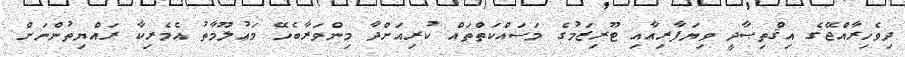
ދިވެހިރާއްޖޭގެ އިޤްތިޞާދީ ވިޔަފާރިއާއި ޓޫރިޒަމުގެ މަސައްކަތްތައް ކުރިއަށްދާ މިންވަރާބެހޭ މަޢުލޫމާތު އެމެރިކާ ރައްޔިތުންނަށް